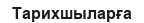
Тарихшыларға